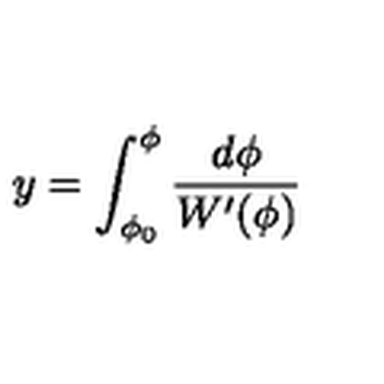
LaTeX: y = \int _ { \phi _ { 0 } } ^ { \phi } \frac { d \phi } { W ^ { \prime } ( \phi ) }